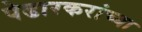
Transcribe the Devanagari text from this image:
पेढारकरांच्या